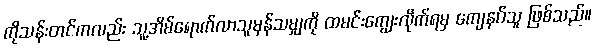
ကိုသန်းတင်ကလည်း သူ့အိမ်ရောက်လာသူမှန်သမျှကို ထမင်းကျွေးလိုက်ရမှ ကျေနပ်သူ ဖြစ်သည်။